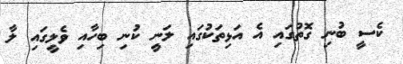
ކެސީ ބުނި ގޮތުގައި އެ އަޅިތަކުގައި ލަނީ ކުނި ބިހާއި ވެލީގައި ލާ